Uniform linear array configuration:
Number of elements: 24
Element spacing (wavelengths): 1
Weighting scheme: binomial
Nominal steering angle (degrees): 45
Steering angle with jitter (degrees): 44.831
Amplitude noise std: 0.05
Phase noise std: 0.05

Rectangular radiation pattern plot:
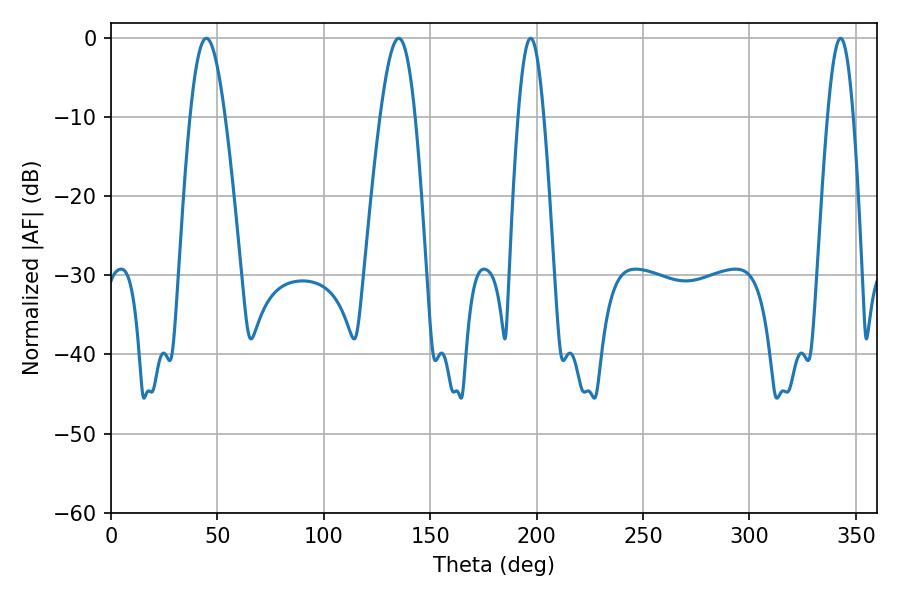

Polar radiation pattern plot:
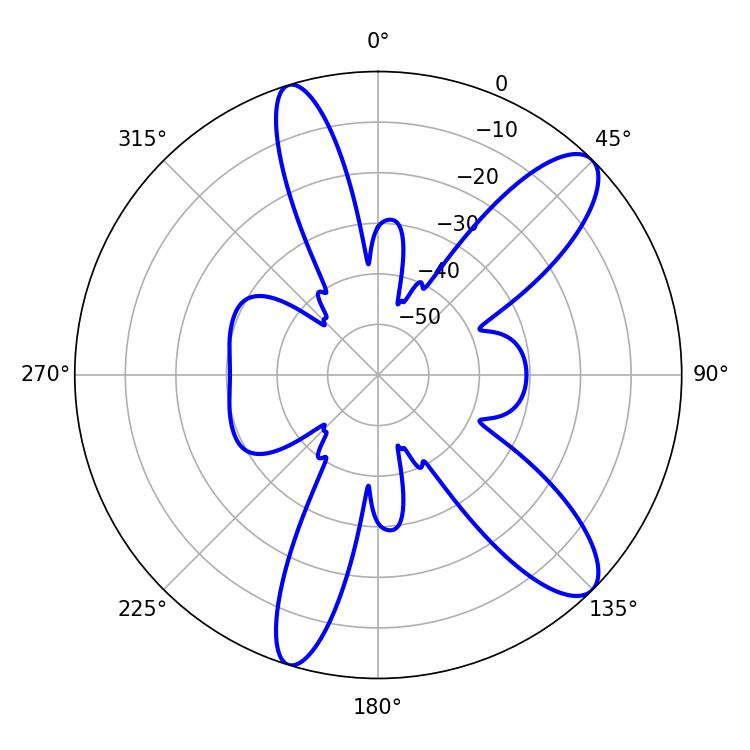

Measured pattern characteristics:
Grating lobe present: TRUE
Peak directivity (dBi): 10.858
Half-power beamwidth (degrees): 8.82
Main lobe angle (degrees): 44.82